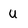
Character: u